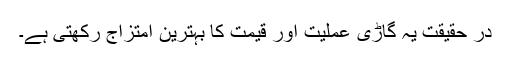
در حقیقت یہ گاڑی عملیت اور قیمت کا بہترین امتزاج رکھتی ہے۔